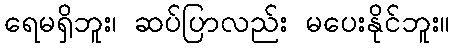
ရေမရှိဘူး၊ ဆပ်ပြာလည်း မပေးနိုင်ဘူး။